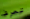
تعرف